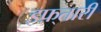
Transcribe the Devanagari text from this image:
इफ़्तारी